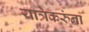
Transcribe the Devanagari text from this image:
यात्रेकरुंना